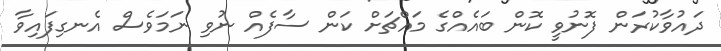
ދައުވާކުރަން ފޮނުވީ ކޮން ބައެއްގެ މައްޗަށް ކަން ސާފެއް ނުވި ނަމަވެސް އެނގިފައިވާ